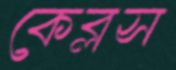
কেব্লস